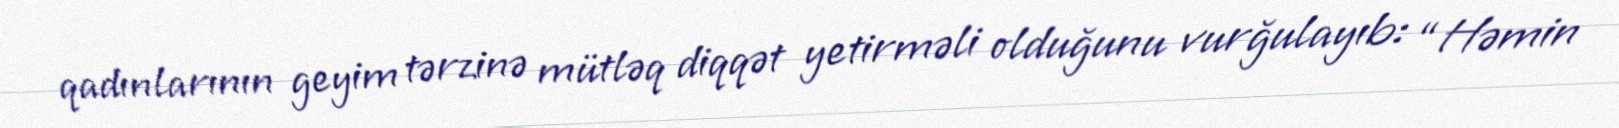
qadınlarının geyim tərzinə mütləq diqqət yetirməli olduğunu vurğulayıb: “Həmin